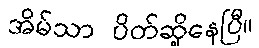
အိမ်သာ ပိတ်ဆို့နေပြီ။